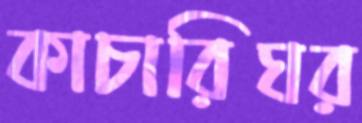
কাচারিঘর